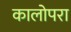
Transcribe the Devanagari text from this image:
कालोपरा